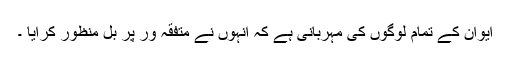
ایوان کے تمام لوگوں کی مہربانی ہے کہ انہوں نے متفقہ ور پر بل منظور کرایا ۔